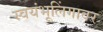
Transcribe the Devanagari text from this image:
स्वयंभूलिंगावर